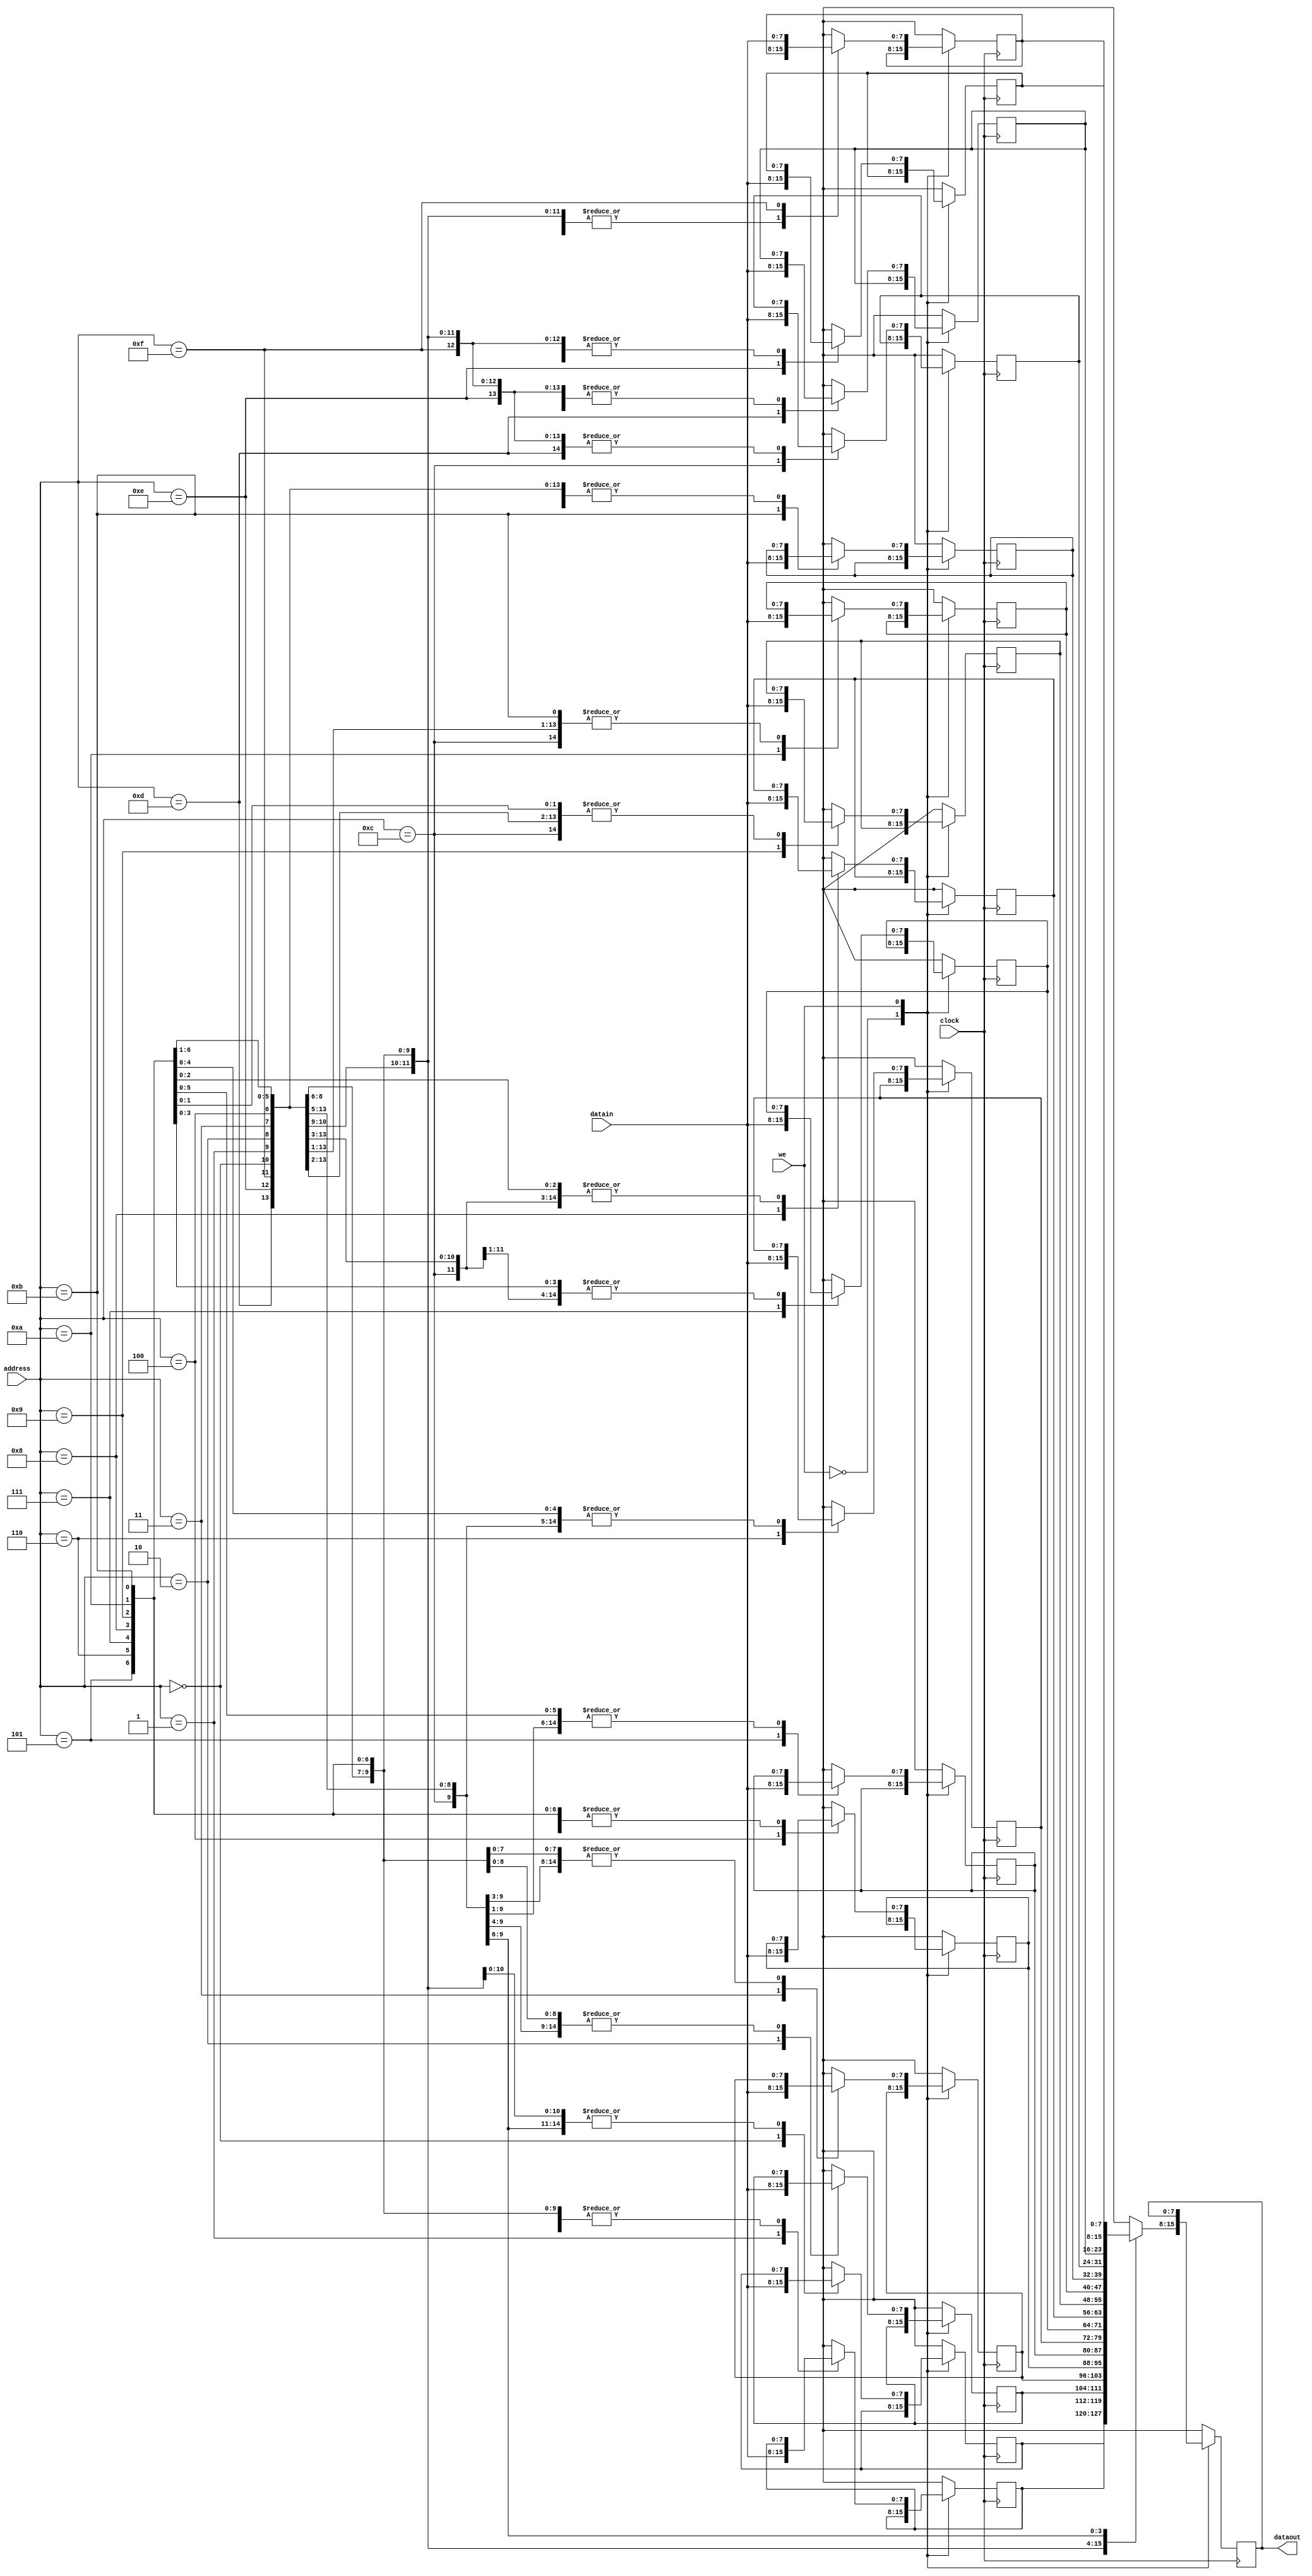
`timescale 1ns / 1ps
//////////////////////////////////////////////////////////////////////////////////
// Company: 
// Engineer: 
// 
// Design Name: 
// Module Name: clock
// Project Name: 
// Target Devices: 
// Tool Versions: 
// Description: 
// 
// Dependencies: 
// 
// Revision:
// Revision 0.01 - File Created
// Additional Comments:
// 
//////////////////////////////////////////////////////////////////////////////////


module ram(dataout, datain, address, we, clock);

output [7:0] dataout;
input [7:0] datain;
input [3:0] address;
input we, clock;

reg [7:0] ram [15:0];
reg [7:0] dataout;

always @ (posedge clock)
begin
case (we)
1'b0: dataout = ram [address];
1'b1: ram [address] = datain;
default: dataout = ram [address];
endcase
end
endmodule